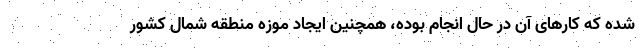
شده که کارهای آن در حال انجام بوده، همچنین ایجاد موزه منطقه شمال کشور